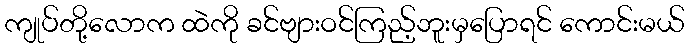
ကျုပ်တို့လောက ထဲကို ခင်ဗျားဝင်ကြည့်ဘူးမှပြောရင် ကောင်းမယ်